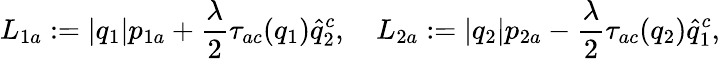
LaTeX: L_{1a}:=\vert q_{1}\vert p_{1a}+\frac{\lambda}{2}\tau_{ac}(q_{1})\widehat{q}_{2}^{c},\quad L_{2a}:=\vert q_{2}\vert p_{2a}-\frac{\lambda}{2}\tau_{ac}(q_{2})\widehat{q}_{1}^{c},